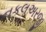
નકલઅરજી